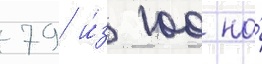
79 и́з 100 на́